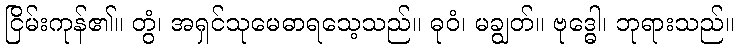
ငြိမ်းကုန်၏။ တွံ၊ အရှင်သုမေဓာရသေ့သည်။ ဓုဝံ၊ မချွတ်။ ဗုဒ္ဓေါ၊ ဘုရားသည်။